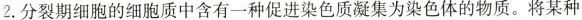
2.分裂期细胞的细胞质中含有一种促进染色质凝集为染色体的物质。将某种